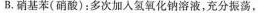
B.硝基苯(硝酸)：多次加入氢氧化钠溶液，充分振荡，